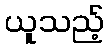
ယူသည့်